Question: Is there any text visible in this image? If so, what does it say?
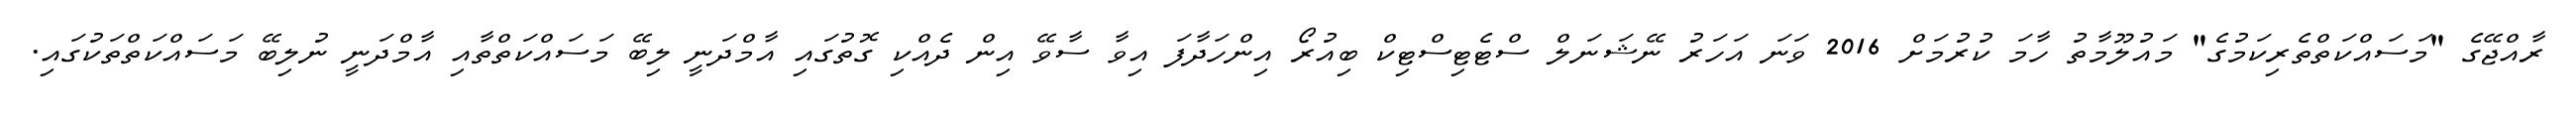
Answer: ރާއްޖޭގެ "މަސައްކަތްތެރިކަމުގެ" މައުލޫމާތު ހާމަ ކުރުމަށް 2016 ވަނަ އަހަރު ނޭޝަނަލް ސްޓެޓިސްޓިކް ބިއުރޯ އިންހަދާފަ އިވާ ސާވޭ އިން ދެއްކި ގޮތުގައި އާމްދަނީ ލިބޭ މަސައްކަތްތާއި އާމްދަނީ ނުލިބޭ މަސައްކަތްތަކުގައި.